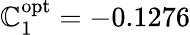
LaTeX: \mathbb{C}_{1}^{\mathrm{{{opt}}}}=-0.1276